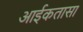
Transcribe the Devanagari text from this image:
आईकतासा